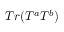
T r ( T ^ { a } T ^ { b } )